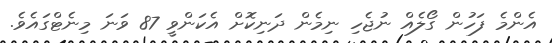
އެންމެ ފަހުން ގޯލެއް ނުޖެހި ނިމެން ދަނިކޮށް އެކަންވީ 87 ވަނަ މިނެޓްގައެވެ.